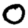
Digit: 0